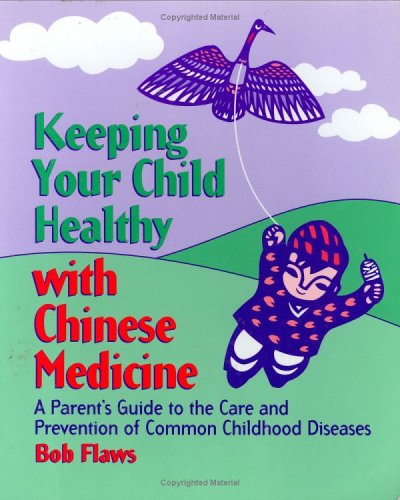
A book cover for Keeping Your Child Healthy With Chinese Medicine: A Parent's Guide to the Care & Prevention of Common Childhood Diseases; Bob Flaws; Parenting & Relationships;